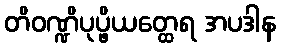
တိဝဏ္ဍိပုပ္ဖိယတ္ထေရ အပဒါန